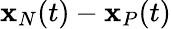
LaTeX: {\mathbf x}_{N}(t)-{\mathbf x}_{P}(t)